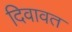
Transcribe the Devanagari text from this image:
दिवावत